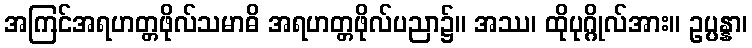
အကြင်အရဟတ္တဖိုလ်သမာဓိ အရဟတ္တဖိုလ်ပညာ၌။ အဿ၊ ထိုပုဂ္ဂိုလ်အား။ ဥပ္ပန္နာ၊